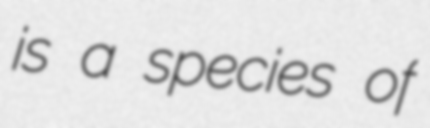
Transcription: is a species of